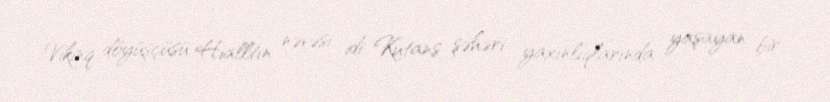
Vikinq döyüşçüsü Hialltın nəvəsi idi. Kutans şəhəri yaxınlıqlarında yaşayan bir